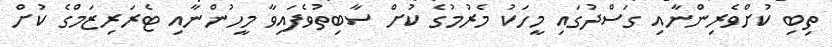
ތިބި ކުށްވެރިންނާއި ގަސްދުގައި މީހަކު މެރުމުގެ ކުށް ސާބިތުވެފައިވާ މީހުންނާއި ޓެރަރިޒަމްގެ ކުށް